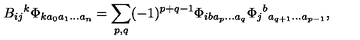
B _ { i j } { } ^ { k } \Phi _ { k a _ { 0 } a _ { 1 } \ldots a _ { n } } = \sum _ { p , q } ( - 1 ) ^ { p + q - 1 } \Phi _ { i b a _ { p } \ldots a _ { q } } \Phi _ { j } { } ^ { b } { } _ { a _ { q + 1 } \ldots a _ { p - 1 } } ,